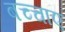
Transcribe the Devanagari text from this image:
बच्चाए